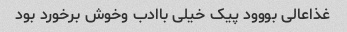
غذاعالی بووود پیک خیلی باادب وخوش برخورد بود